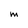
Character: M